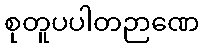
စုတူပပါတဉာဏေ